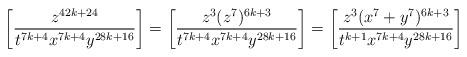
LaTeX: \begin{align*}\left [\frac{z^{42k + 24}}{t^{7k + 4}x^{7k + 4}y^{28k + 16}}\right]= \left [\frac{z^3(z^7)^{6k + 3}}{t^{7k + 4}x^{7k + 4}y^{28k + 16}}\right]= \left [\frac{z^3(x^7 + y^7)^{6k + 3}}{t^{k + 1}x^{7k + 4}y^{28k + 16}}\right]\end{align*}